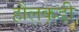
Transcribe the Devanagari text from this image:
हौलकडी